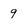
Character: 9